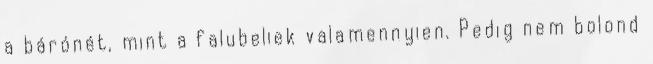
a bárónét, mint a falubeliek valamennyien. Pedig nem bolond